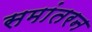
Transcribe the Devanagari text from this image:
समांतरन